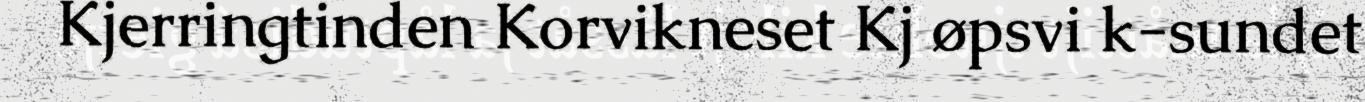
Kjerringtinden Korvikneset Kj øpsvi k-sundet